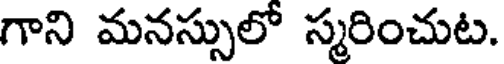
గాని మనస్సులో స్మరించుట.